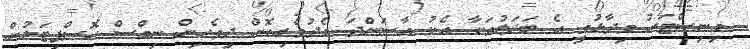
މިނިސްޓަރު ވިދާޅުވީ އެ ބަދަލުތަކާ އެކު އާސަންދަ މެދުވެރިކޮށް ދިވެހިން ނިމްސް ހޮސްޕިޓަލުން